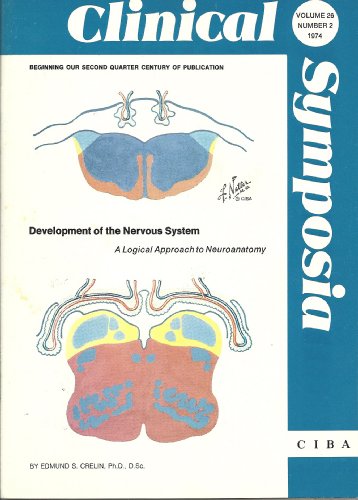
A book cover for Clinical Symposia: Development of the Nervous System - A Logical Approach to Neuroanatomy (Volume 26, Number 2, 1974); Edmund S. (CIBA) Crelin; Medical Books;